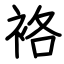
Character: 袼